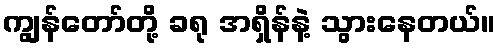
ကျွန်တော်တို့ ခရု အရှိန်နဲ့ သွားနေတယ်။